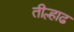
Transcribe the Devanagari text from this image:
तील्हाढ